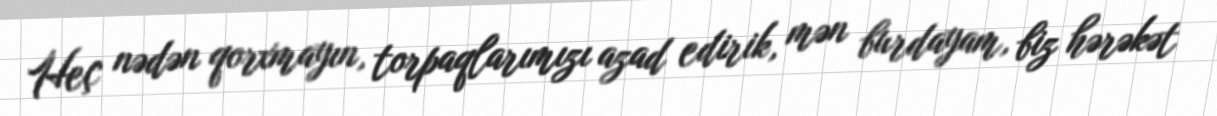
Heç nədən qorxmayın, torpaqlarımızı azad edirik, mən burdayam, biz hərəkət